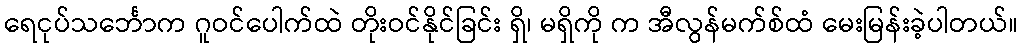
ရေငုပ်သင်္ဘောက ဂူဝင်ပေါက်ထဲ တိုးဝင်နိုင်ခြင်း ရှိ၊ မရှိကို က အီလွန်မက်စ်ထံ မေးမြန်းခဲ့ပါတယ်။